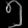
Digit: ၅